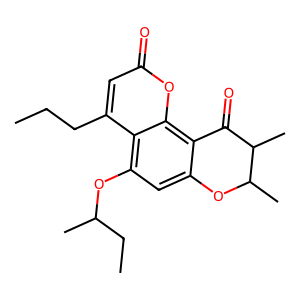
SMILES: CCCc1cc(=O)oc2c3c(cc(OC(C)CC)c12)OC(C)C(C)C3=O
Inhibits HIV replication: No